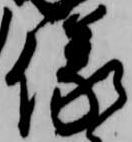
儀